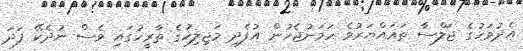
އެދުވަހުގެ ޖަލްސާ ތަޣައްޔަރުވެ ހަމަނުޖެހުން އުފެދި މަޖިލިހުގެ ތާރީހުގައި ވެސް ނުދެކޭ ފަދަ